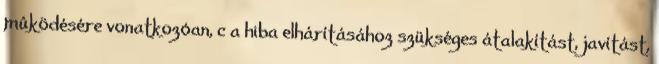
mûködésére vonatkozóan, c a hiba elhárításához szükséges átalakítást, javítást,